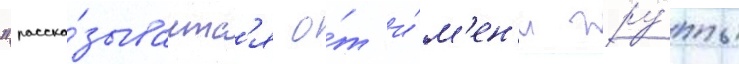
"расска́зываетс'я о́т и́м'ен'и гру́ппы